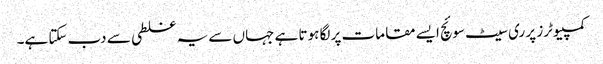
کمپیوٹرز پر ری سیٹ سوئچ ایسے مقامات پر لگا ہوتا ہے جہاں سے یہ غلطی سے دب سکتا ہے۔